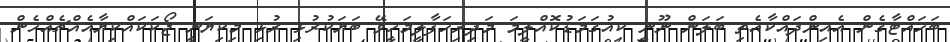
ބަހައްޓާގެން އެއިންދައްކާއެތި ބަލަން ނޫނީ ކިއުގަމަޑުކޮއްލީމަ މަދިރިހަފާލީމަހީވޭ ބަޔަކުރުޅި ރުޅި މިކިޔަނީ ޖޯކަކައްކިޔާއެއްޗެއްހެން